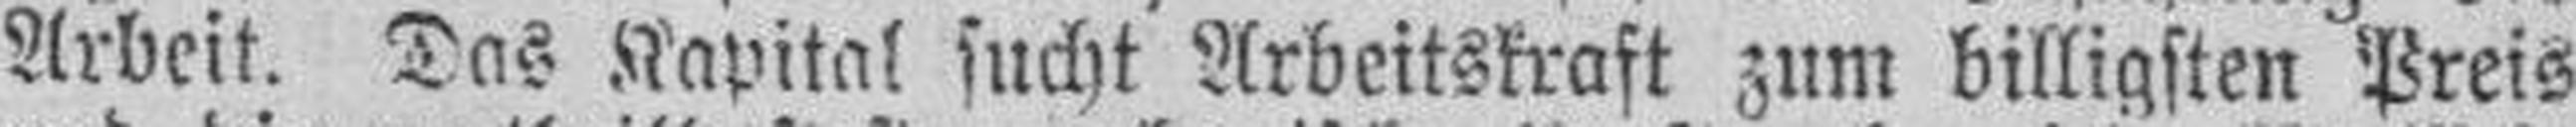
Arbeit. Das Kapital sucht Arbeitskraft zum billigsten Preis